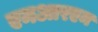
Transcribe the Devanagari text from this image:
एमआरएम